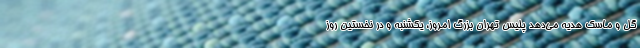
گل و ماسک هدیه می‌دهد پلیس تهران بزرگ امروز، یکشنبه و در نخستین روز